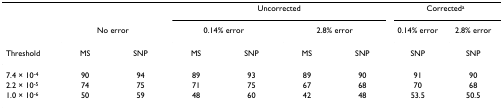
|  |  |  | <COLSPAN=4> Uncorrected | <COLSPAN=2> Correcteda |
 |  | <COLSPAN=2> No error | <COLSPAN=2> 0.14% error | <COLSPAN=2> 2.8% error | 0.14% error | 2.8% error |
 | Threshold | MS | SNP | MS | SNP | MS | SNP | SNP | SNP |
 | --- | --- | --- | --- | --- | --- | --- | --- | --- |
 | 7.4 × 10-4 | 90 | 94 | 89 | 93 | 89 | 90 | 91 | 90 |
 | 2.2 × 10-5 | 74 | 75 | 71 | 75 | 67 | 68 | 70 | 68 |
 | 1.0 × 10-6 | 50 | 59 | 48 | 60 | 42 | 48 | 53.5 | 50.5 |